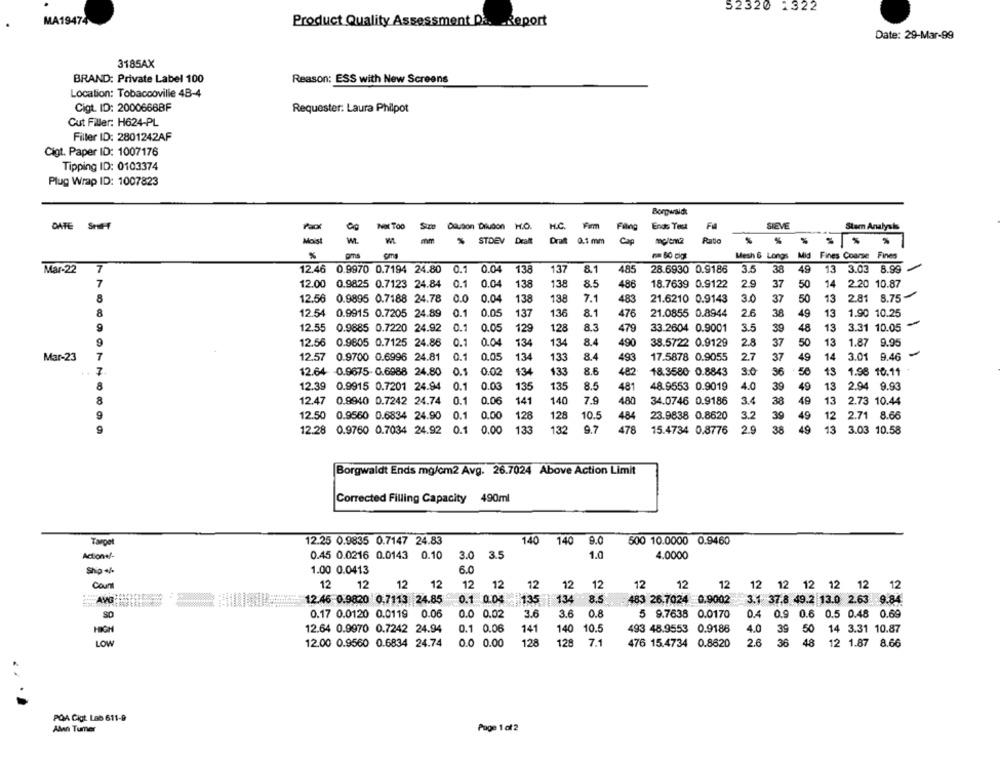
52320 1322
MA19474
Product Quality Assessment Da. - Report
Date: 29-Mar-99
3185AX
BRAND: Private Label 100
Reason: ESS with New Screens
Location: Tobaccoville 4B-4
Cigt. ID: 2000666BF
Requester: Laura Philpot
Cut Filler: H624-PL
Filler ID: 2801242AF
Cigt. Paper ID: 1007176
Tipping ID: 0103374
Plug Wrap ID: 1007823
Borgwaldt
DATE SHIFT
Not Too
Da.son Diudon H.O.
K.O.
Filing
Endo Test
FM
SIEVE
Stem Analysis
H.C.
W.
mm
STDEV Dealt
Drut
0.1 mm
melena
%
Pms
cms
Mesh & Longs Mid Fines Coarse Fines
7
8.1
485
38
13 3.03 8.99
Mar-22
12.46 0.9970 0.7194 24.80
0.1
0.04
13
137
28.6930 0.9186
3.5
49
7
0.04
138
8.5
486
2.20 10.87
12.00 0.9825 0.7123 24.84
0.1
138
18.7639 0.9122
2.9
37
50
14
8
0.04
138
138
7.1
3.0
37
50
13
2.81 8.75-
12.56 0.9895 0.7188 24.78
0.0
483
21.6210 0.9143
8
12.54 0.9915 0.7205 24.89
0.1
0.05
137
8.1
476
21.0855 0.8944
26
38
49
13
1.90 10.25
12.55 0.9885 0.7220 24.92
0.1
0.05
129
128
8.3
479
33.2604 0.9001
3.5
39
48
13
3.31 10.05
-
12.56 0.9605 0.7125 24.86
0.1
0.04
134
134
8.4
490
38.5722 0.9129
2.8
37
50
13
1.87 9.95
Mar-23
7
12.57 0.9700 0.6996 24.81
0.1
0.05
134
133
8.4
493
17.5878 0.9055
2.7
37
49
14 3.01 9.46
7
12.64 0.9675-0.6988 24.80
0.1
0.02
134
133
8.6
482
18.3580 0.8843
3.0
36
50
13
1.98 10.11
8
12.39 0.9915 0.7201 24.94
0.1
0.03
13
135
8.5
481
48.9553 0.9019
4.0
39
49
13
2.94 9.93
8
12.47 0.8940 0.7242 24.74
0.1
0.06
141
140
7.9
480
34.0746 0.9186
3.4
38
49
13
2.73 10.44
9
12.50 0.9560 0.6834 24.90
0.1
0.00
128
128
10.5
484
23.9838 0.8620
3.2
39
49
12 2.71 8.66
9
12.28 0.9760 0.7034 24.92
0.1 0.00
133
132
9.7
478
15.4734 0.8776
2.9
38
49
13
3.03 10.58
Borgwaldt Ends mg/cm2 Avg. 26.7024 Above Action Limit
Corrected Filling Capacity 490ml
Target
12.25 0.9835 0.7147 24.83
140
140
9.0
500 10.0000 0.9460
Action+/-
0.45 0.0216 0.0143 0.10
3.0 3.5
1.0
4.0000
Ship +/-
1.00 0.0413
6.0
Count
12
12
12
12
12
12
12
12
12
12
12
12
12 12 12 12 12 12
AVG
12.46 0.9820 0,7113 24.85
0.1 0.04
135 |134 8.5
483 26.7024 0.9002
3.1 37.8 49.2 13.0 2.63 9.84
0.17 0.0120 0.0119 0.06
0.0 0.02
3.6
3.6 0.8
5 9.7638 0.0170
0.4 0.9 0.6 0.5 0.48 0.69
HIGH
12.64 0.9970 0.7242 24.94
0.1 0.06
141
140 10.5
493 48.9553 0.9188
4.0 39 50 14 3.31 10.87
128
7.1
36
48
LOW
12.00 0.9560 0.6834 24.74
0.0 0.00
128
476 15.4734 0.8620
2.6
12 1.87 8.66
POA Cigt Lab 611-9
Alan Tumer
Page 1 of 2